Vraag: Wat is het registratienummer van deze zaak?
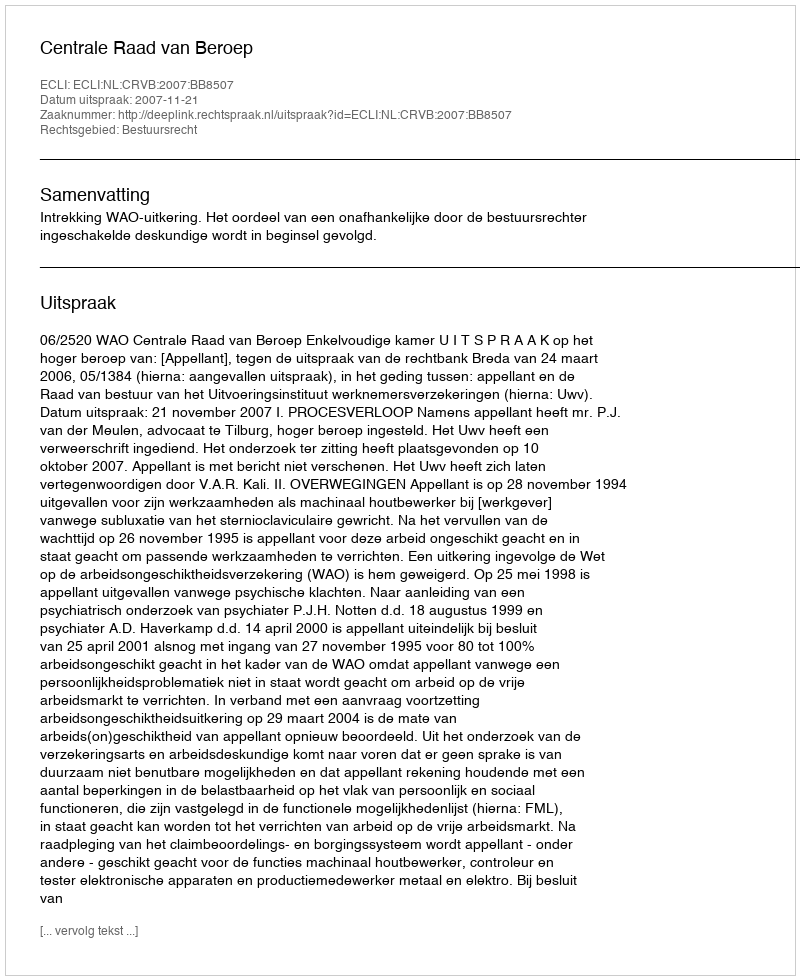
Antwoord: http://deeplink.rechtspraak.nl/uitspraak?id=ECLI:NL:CRVB:2007:BB8507